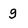
Character: g